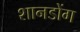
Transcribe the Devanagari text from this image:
शानडोंग